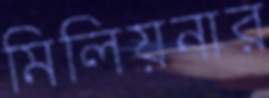
মিলিয়নার